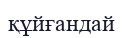
құйғандай